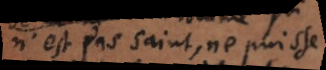
n’est pas saint, ne puisse